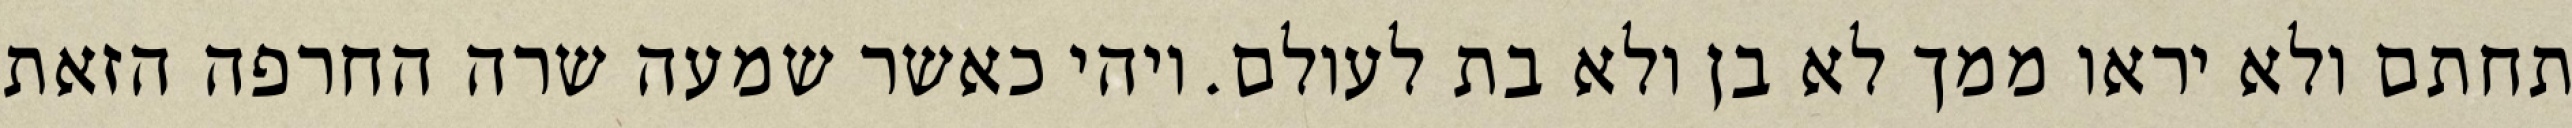
תחתם ולא יראו ממך לא בן ולא בת לעולם. ויהי כאשר שמעה שרה החרפה הזאת